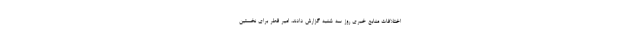
اختلافات منابع خبری روز سه شنبه گزارش دادند، امیر قطر برای نخستین